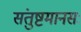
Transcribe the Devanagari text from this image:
संतुष्टमानसः